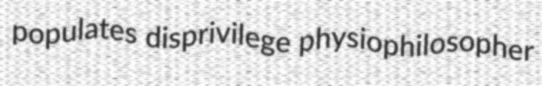
populates disprivilege physiophilosopher